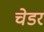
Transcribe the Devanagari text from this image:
चेडर